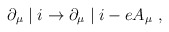
\begin{align*}\partial_{\mu} \mid i \rightarrow \partial_{\mu} \mid i - e A_{\mu}~,\end{align*}